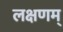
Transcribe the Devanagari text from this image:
लक्षणम्